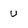
Character: U